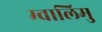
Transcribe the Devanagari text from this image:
म्वालिमु